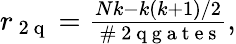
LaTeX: \begin{array}{r}{r_{\mathrm{~2~q~}}=\frac{Nk-k(k+1)/2}{\mathrm{~\# ~2~q~g~a~t~e~s~}},}\end{array}